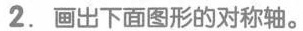
2.画出下面图形的对称轴。